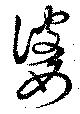
婆